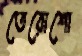
তেরোশো